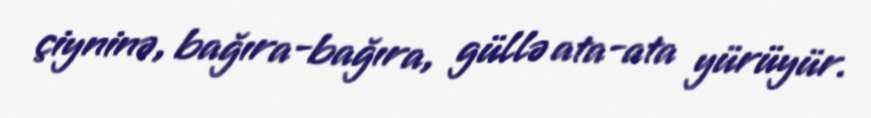
çiyninə, bağıra-bağıra, güllə ata-ata yürüyür.